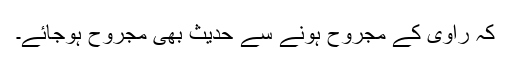
کہ راوی کے مجروح ہونے سے حدیث بھی مجروح ہوجائے۔